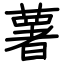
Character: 薯